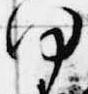
何